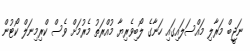
ނަޖީބް މަރާލި މައްސަލައިގައި ހަނާގެ ލޯބިވެރިޔާ މުއްރަތު މެރުމަށް ވެސް ކްރިމިނަލް ކޯޓުން